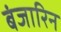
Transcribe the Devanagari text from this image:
बंजारिन